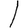
Digit: 1